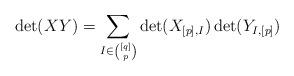
LaTeX: \begin{align*}\det(XY) = \sum_{I \in \binom{[q]}{p}} \det(X_{[p],I})\det(Y_{I,[p]})\end{align*}